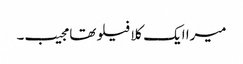
میرا ایک کلا فیلو تھا مجیب۔